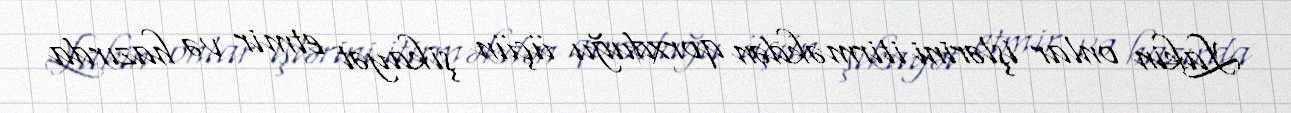
Lakin onlar işlərini itirməkdən qorxduğu üçün şikayət etmir və hazırda